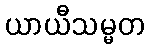
ယာယီသမ္မတ